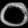
Digit: ၀